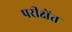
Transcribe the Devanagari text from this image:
परीक्षेंत